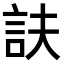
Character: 𧥱